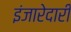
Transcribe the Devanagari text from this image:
इंजारेदारी